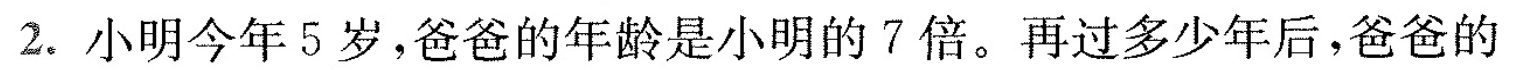
2.小明今年5岁，爸爸的年龄是小明的7倍。再过多少年后，爸爸的